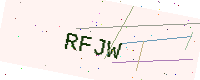
Text: RFJW